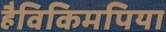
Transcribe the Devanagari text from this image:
हैविकिमपिया